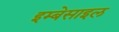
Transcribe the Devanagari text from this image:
इम्बेसाइल